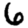
Digit: 6